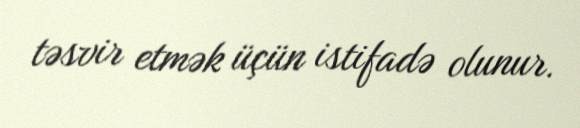
təsvir etmək üçün istifadə olunur.